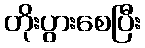
တိုးပွားစေပြီး